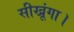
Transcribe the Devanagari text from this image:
सीखूंगा।